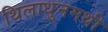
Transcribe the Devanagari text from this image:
थिलाधुनमथी